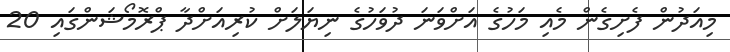
މިއަދުން ފެށިގެން މެއި މަހުގެ އަށްވަނަ ދުވަހުގެ ނިޔަލަށް ކުރިއަށްދާ ޕްރޮމޯޝަންގައި 20